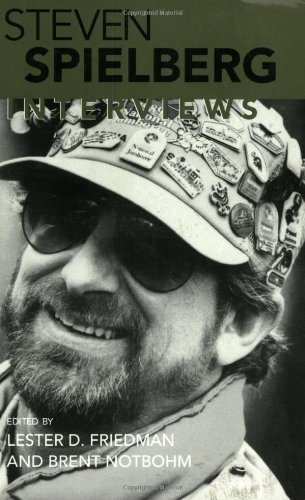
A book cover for Steven Spielberg: Interviews (Conversations with Filmmakers Series); Humor & Entertainment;